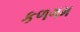
કળગમ